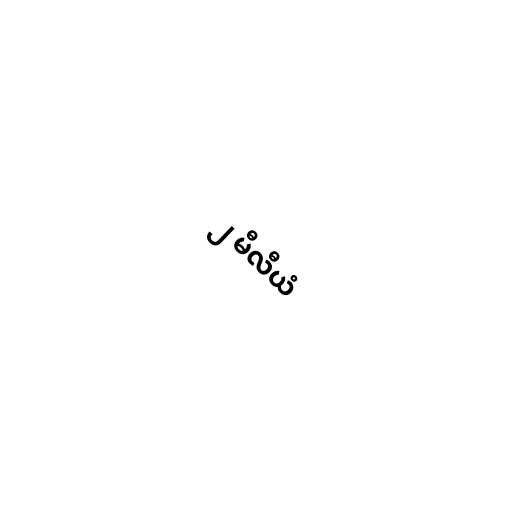
၂ မီလီယံ